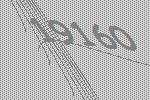
19160